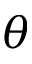
\theta